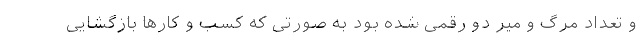
و تعداد مرگ و میر دو رقمی شده بود به صورتی که کسب و کارها بازگشایی